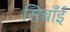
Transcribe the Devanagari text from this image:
सिचाँई